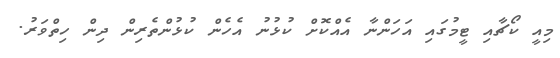
މިއީ ކޯޗާއި ޓީމުގައި އަހަންނާ އެއްކޮށް ކުޅުނު އެހެން ކުޅުންތެރިން ދިން ހިތްވަރު.